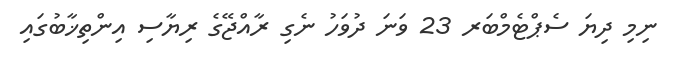
ނިމި ދިޔަ ސެޕްޓެމްބަރ 23 ވަނަ ދުވަހު ނެގި ރާއްޖޭގެ ރިޔާސި އިންތިޚާބުގައި